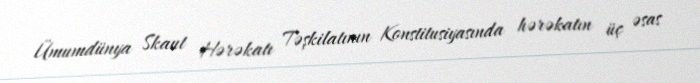
Ümumdünya Skaut Hərəkatı Təşkilatının Konstitusiyasında hərəkatın üç əsas